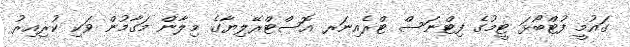
ގައުމީ ފުޓްބޯޅަ ޓީމުގެ ފިޓްނަސް ޓްރެއިނަރ އޮސްޓްރޭލިޔާގެ މިލާން މަގާމުން ވަކި ކުރިއިރު